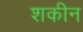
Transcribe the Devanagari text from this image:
शकीन